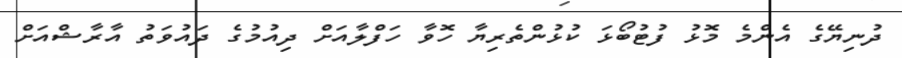
ދުނިޔޭގެ އެންމެ މޮޅު ފުޓުބޯޅަ ކުޅުންތެރިޔާ ހޮވާ ހަފްލާއަށް ދިއުމުގެ ދައުވަތު އާރާޝްއަަށް